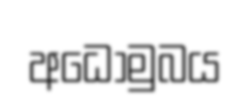
අධෝමුබය